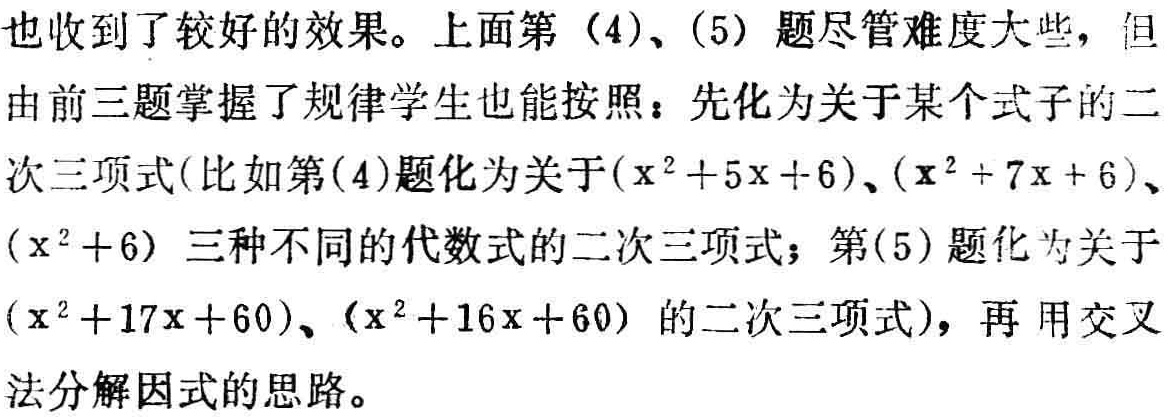
也收到了较好的效果。上面第（4）、（5）题尽管难度大些，但

由前三题掌握了规律学生也能按照：先化为关于某个式子的二

次三项式(比如第(4)题化为关于\((x^{2}+5x + 6)\)、\((x^{2}+7x + 6)\)、

\((x^{2}+6)\) 三种不同的代数式的二次三项式；第(5)题化为关于

\((x^{2}+17x + 60)\)、\((x^{2}+16x + 60)\) 的二次三项式)，再 用交叉

法分解因式的思路。